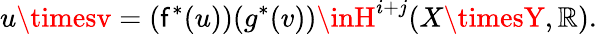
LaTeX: u\timesv=(\mathsf{f}^{*}(u))(g^{*}(v))\inH^{i+j}(X\timesY,\mathbb{R}).